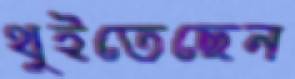
থুইতেছেন